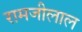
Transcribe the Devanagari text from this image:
रामजीलाल